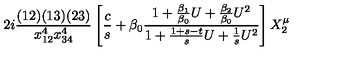
2 i { \frac { ( 1 2 ) ( 1 3 ) ( 2 3 ) } { x _ { 1 2 } ^ { 4 } x _ { 3 4 } ^ { 4 } } } \left[ { \frac { c } { s } } + \beta _ { 0 } { \frac { 1 + { \frac { \beta _ { 1 } } { \beta _ { 0 } } } U + { \frac { \beta _ { 2 } } { \beta _ { 0 } } } U ^ { 2 } } { 1 + { \frac { 1 + s - t } { s } } U + { \frac { 1 } { s } } U ^ { 2 } } } \right] X _ { 2 } ^ { \mu }